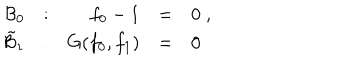
\begin{array} { r r r l l } { { { \cal B } _ { 0 } } } & { { : } } & { { f _ { 0 } - 1 } } & { { = } } & { { 0 \; , } } \\ { { \tilde { \cal B } _ { 1 } } } & { { : } } & { { G ( f _ { 0 } , f _ { 1 } ) } } & { { = } } & { { 0 } } \\ \end{array}